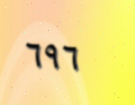
٦٩٦